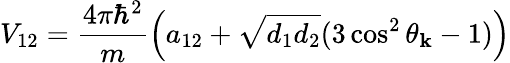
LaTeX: V_{\mathrm{12}}=\frac{4\pi\hbar^{2}}{m}\left(a_{\mathrm{12}}+\sqrt{d_{1}d_{2}}(3\cos^{2}\theta_{\mathbf{k}}-1)\right)